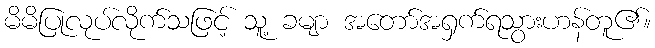
မိမိပြုလုပ်လိုက်သဖြင့် သူ့ ခမျာ အတော်အရှက်ရသွားဟန်တူ၏။